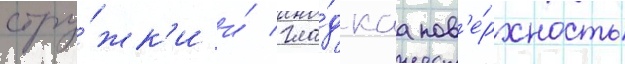
стру́жк'и и́ гла́дкаа пов'е́рхность